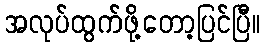
အလုပ်ထွက်ဖို့တော့ပြင်ပြီ။